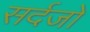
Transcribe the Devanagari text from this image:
सर्दजो